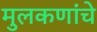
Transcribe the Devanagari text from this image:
मुलकणांचे